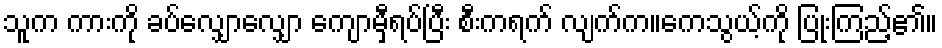
သူက ကားကို ခပ်လျှောလျှော ကျောမှီရပ်ပြီး စီးကရက် လျက်က။ကေသွယ့်ကို ပြုံးကြည့်၏။